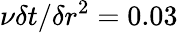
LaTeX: \nu\delta t/\delta r^{2}=0.03